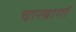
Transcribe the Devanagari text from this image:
चारबागों